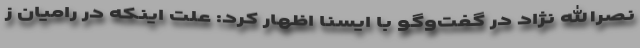
نصرالله نژاد در گفت‌وگو با ایسنا اظهار کرد: علت اینکه در رامیان ز